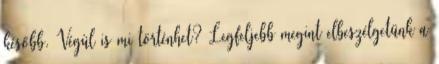
később. Végül is mi történhet? Legfeljebb megint elbeszélgetünk a